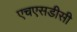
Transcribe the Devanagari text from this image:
एचएसडीसी